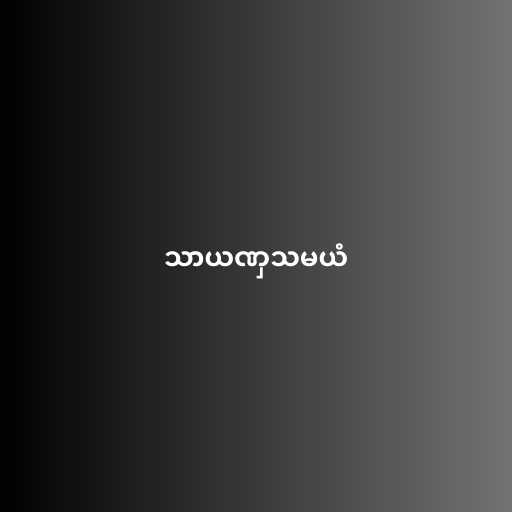
သာယဏှသမယံ